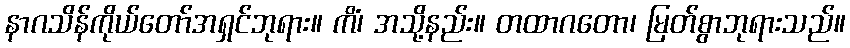
နာဂသိန်ကိုယ်တော်အရှင်ဘုရား။ ကိံ၊ အသို့နည်း။ တထာဂတော၊ မြတ်စွာဘုရားသည်။